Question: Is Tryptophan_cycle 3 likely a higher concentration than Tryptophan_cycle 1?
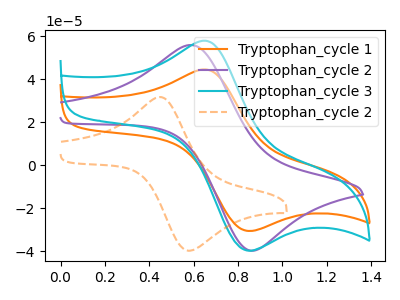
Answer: <think>The orange curve "Tryptophan_cycle 1" has an anodic peak at (0.65V, 44.60uA) and a cathodic peak at (0.85V, -30.30uA). The purple curve "Tryptophan_cycle 2" has an anodic peak at (0.60V, 55.95uA) and a cathodic peak at (0.85V, -39.60uA). The cyan curve "Tryptophan_cycle 3" has an anodic peak at (0.65V, 58.00uA) and a cathodic peak at (0.85V, -39.40uA). The orange dashed curve "Tryptophan_cycle 2" has an anodic peak at (0.45V, 31.75uA) and a cathodic peak at (0.60V, -39.80uA).
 All the peaks in "Tryptophan_cycle 3" have a peak in "Tryptophan_cycle 1" at the same potential. Every peak in "Tryptophan_cycle 3" is higher than every peak in "Tryptophan_cycle 1".</think>
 <answer>"Tryptophan_cycle 3" has more signal than "Tryptophan_cycle 1".</answer>
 <eval>more_signal</eval>